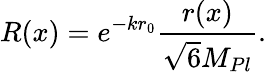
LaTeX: R(x)=e^{-kr_{0}}\frac{r(x)}{\sqrt{6}M_{Pl}}.